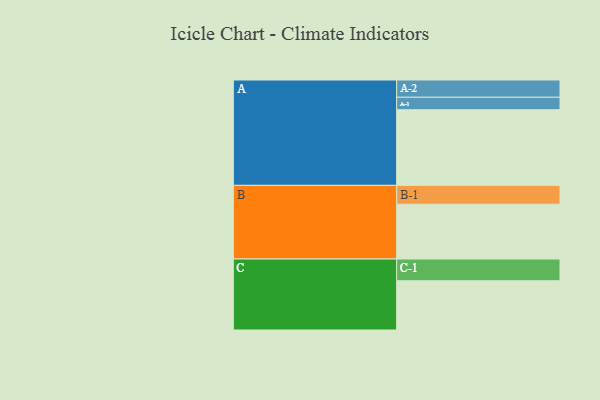
{"axis": {"x": "Segment", "y": "Value"}, "legend": ["", "A", "B", "C"], "data": [{"x": "A", "y": 570, "type": ""}, {"x": "B", "y": 413, "type": ""}, {"x": "C", "y": 371, "type": ""}, {"x": "A-1", "y": 94, "type": "A"}, {"x": "A-2", "y": 130, "type": "A"}, {"x": "B-1", "y": 142, "type": "B"}, {"x": "C-1", "y": 164, "type": "C"}]}